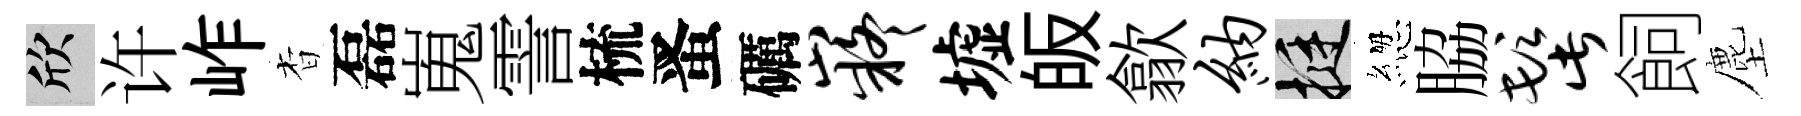
欣许岞杳磊嵬霅梳󱉠礪嶷墟皈歙纳挺緫脇髭飼塵